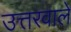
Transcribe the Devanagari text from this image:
उत्तरवाले